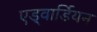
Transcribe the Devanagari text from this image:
एड्वार्डियन